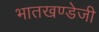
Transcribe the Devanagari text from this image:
भातखण्डेजी